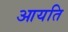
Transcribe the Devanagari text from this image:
आयति